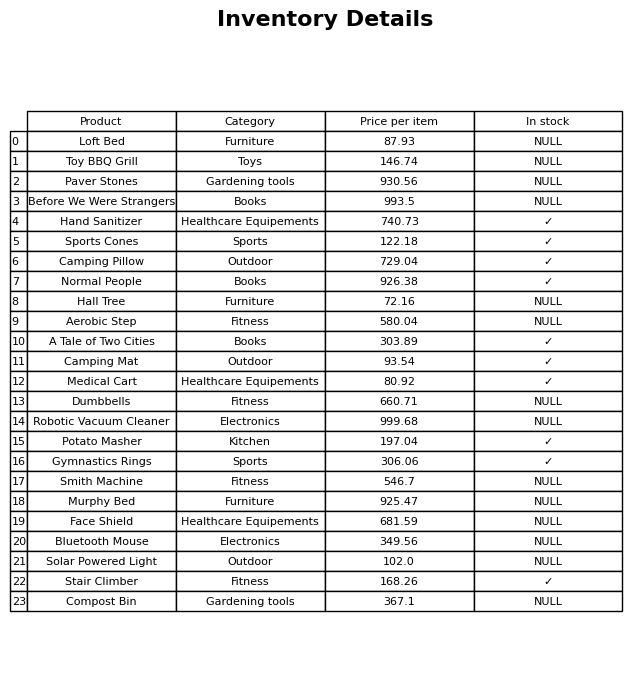
question: What is the price of the Camping Mat?
answer: The price of Camping Mat is 93.54.